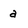
Character: a